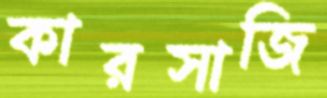
কারসাজি